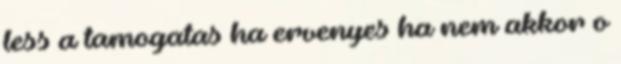
less a tamogatas ha ervenyes ha nem akkor o